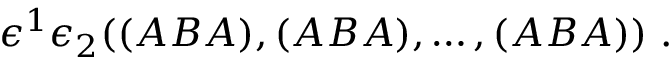
\epsilon ^ { 1 } \epsilon _ { 2 } ( ( A B A ) , ( A B A ) , \dots , ( A B A ) ) \ .